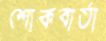
শোকবার্তা